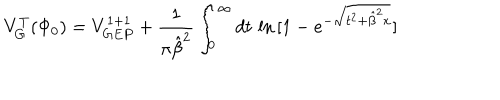
V _ { G } ^ { T } ( \Phi _ { 0 } ) = V _ { G E P } ^ { 1 + 1 } + { \frac { 1 } { \pi { \hat { \beta } } ^ { 2 } } } \int _ { 0 } ^ { \infty } d t \, \ln \, [ 1 - e ^ { - \sqrt { t ^ { 2 } + { \hat { \beta } } ^ { 2 } x } } ]